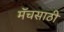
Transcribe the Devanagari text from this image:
मॅचसाठी